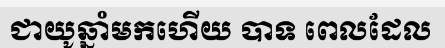
ជាយូឆ្នាំមកហើយ បាទ ពេលដែល